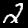
Digit: 2